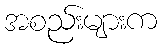
အစည်းများက